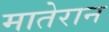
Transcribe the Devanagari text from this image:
मातेरान